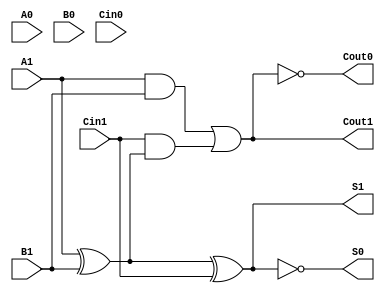
module dual_rail_full_adder (
    input wire A1, A0,   // Dual-rail representation of input A
    input wire B1, B0,   // Dual-rail representation of input B
    input wire Cin1, Cin0, // Dual-rail representation of carry-in
    output wire S1, S0,  // Dual-rail representation of sum output
    output wire Cout1, Cout0 // Dual-rail representation of carry output
);

// Intermediate signals for logic
wire A, B, Cin;
wire sum, carry;

// Decode dual-rail inputs to single-bit values
assign A = A1; // A is true if A1 is high
assign B = B1; // B is true if B1 is high
assign Cin = Cin1; // Cin is true if Cin1 is high

// Compute sum and carry using combinational logic
assign sum = (A ^ B) ^ Cin; // Sum logic: (A XOR B) XOR Cin
assign carry = (A & B) | (Cin & (A ^ B)); // Carry logic: (A AND B) OR (Cin AND (A XOR B))

// Encode sum output in dual-rail representation
assign S1 = sum; // S1 is high if sum is true
assign S0 = ~sum; // S0 is high if sum is false

// Encode carry output in dual-rail representation
assign Cout1 = carry; // Cout1 is high if carry is true
assign Cout0 = ~carry; // Cout0 is high if carry is false

endmodule